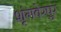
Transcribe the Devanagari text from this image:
शृंगवेरपुर